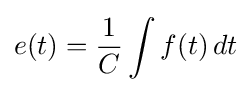
e(t)={\frac {1}{C}}\int f(t)\,dt